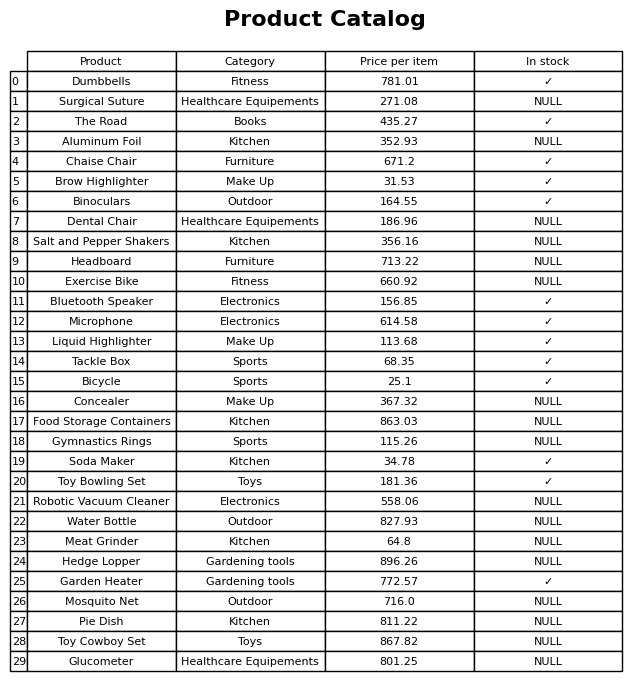
question: What is the stock status of the Aluminum Foil?
answer: NULL